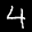
Label: 4